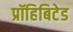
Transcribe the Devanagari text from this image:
प्रॉहिबिटेड